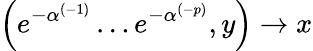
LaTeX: \left(e^{-\alpha^{(-1)}}\ldots e^{-\alpha^{(-p)}},y\right)\rightarrow x